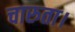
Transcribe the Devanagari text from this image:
चारुता।